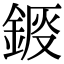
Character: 𨧴